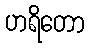
ဟရိတော